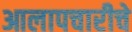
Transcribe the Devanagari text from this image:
आलापचारीचे